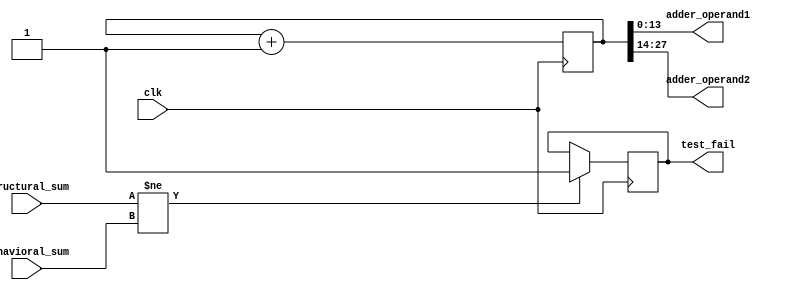
module adder_tester (
    output [13:0] adder_operand1,
    output [13:0] adder_operand2,
    input [14:0] structural_sum,
    input [14:0] behavioral_sum,
    input clk,
    output test_fail
);
    reg error = 0;
    assign test_fail = error;

    reg [27:0] operands = 0;
    assign adder_operand1 = operands[13:0];
    assign adder_operand2 = operands[27:14];

    // Iterate the operands continuously until all combinations are tried
    always @ (posedge clk) begin
        operands <= operands + 1'd1;
    end

    // If we encounter a case where the adders don't match, or we have already
    // encountered one such case, flip the error register high and hold it there.
    always @ (posedge clk) begin
        if (structural_sum != behavioral_sum) begin
            error <= 1'b1;
        end
        else begin
            error <= error;
        end
    end

endmodule